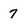
Character: 7